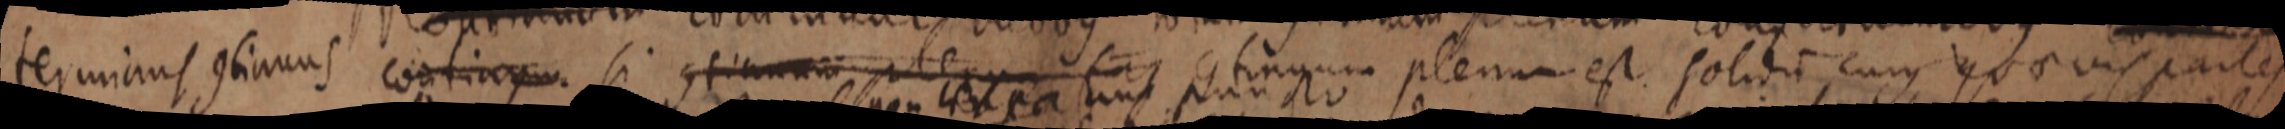
terminus continuus continum si continuam _ continuum plenum est solidis cujus quaevis partes